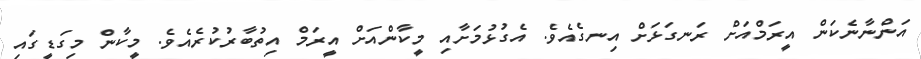
އަންނާނެކަން އީރަމްއަށް ރަނގަޅަށް އިނގެއެވެ. އެގުޅުމަށާއި މީކާންއަށް އީރަމް އިތުބާރުކުރެއެވެ. މީކާން މިގަޑީގައި